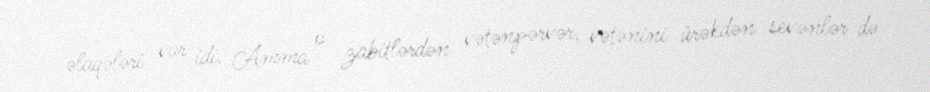
əlaqələri var idi. Amma o zabitlərdən vətənpərvər, vətənini ürəkdən sevənlər də